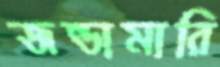
জন্ডামারি